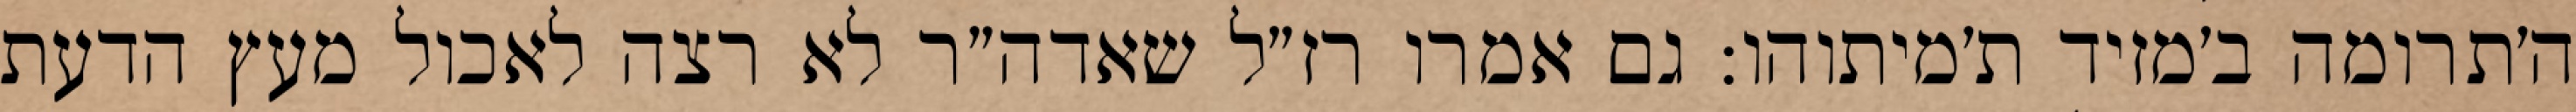
ה׳תרומה ב׳מזיד ת׳מיתוהו: גם אמרו רז״ל שאדה״ר לא רצה לאכול מעץ הדעת